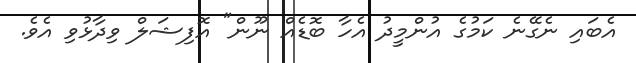
އެބައި ނެގޭނެ ކަމުގެ އުންމީދު އެހާ ބޮޑެއް ނޫން" އޮފިޝަލް ވިދާޅުވި އެވެ.